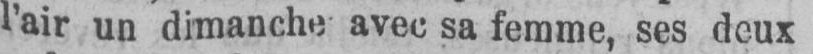
l’air un dimanche avec sa femme, ses deux